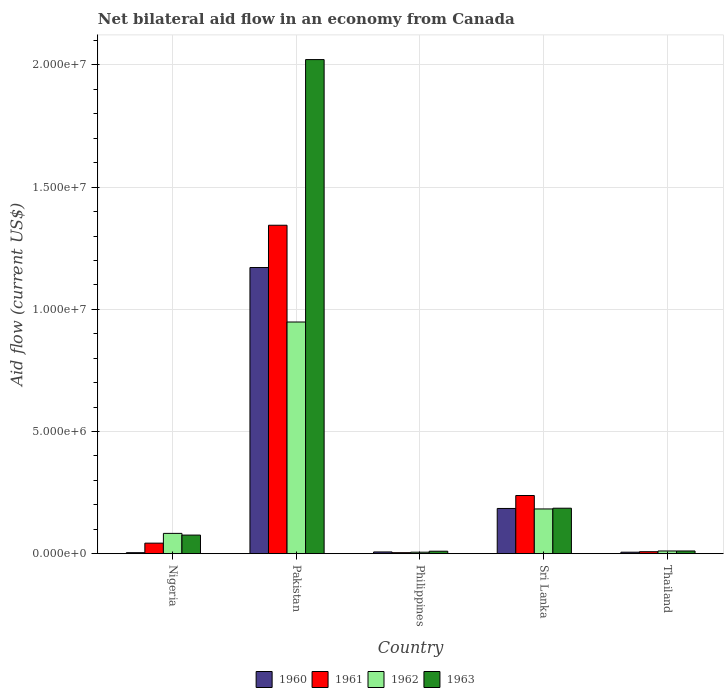
| Country | 1960 | 1961 | 1962 | 1963 |
 | --- | --- | --- | --- | --- |
 | Nigeria | 4e+04 | 4.3e+05 | 8.3e+05 | 7.6e+05 |
 | Pakistan | 1.17e+07 | 1.34e+07 | 9.48e+06 | 2.02e+07 |
 | Philippines | 7e+04 | 4e+04 | 6e+04 | 1e+05 |
 | Sri Lanka | 1.85e+06 | 2.38e+06 | 1.83e+06 | 1.86e+06 |
 | Thailand | 6e+04 | 8e+04 | 1.1e+05 | 1.1e+05 |